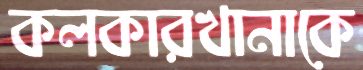
কলকারখানাকে